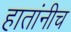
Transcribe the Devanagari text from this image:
हातांनीच